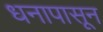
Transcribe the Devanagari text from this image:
धनापासून